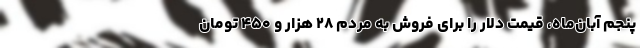
پنجم آبان‌ماه، قیمت دلار را برای فروش به مردم ۲۸ هزار و ۴۵۰ تومان